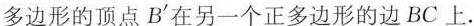
多边形的顶点B‘在另一个正多边形的边BC上